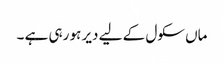
ماں سکول کے لیے دیر ہو رہی ہے ۔